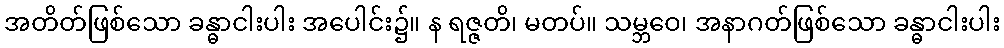
အတိတ်ဖြစ်သော ခန္ဓာငါးပါး အပေါင်း၌။ န ရဇ္ဇတိ၊ မတပ်။ သမ္ဘဝေ၊ အနာဂတ်ဖြစ်သော ခန္ဓာငါးပါး